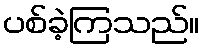
ပစ်ခဲ့ကြသည်။